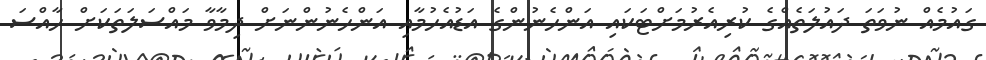
ގައުމެއް ނުވަތަ ދައުލަތެއްގެ ކުރިއެރުމަށްޓަކައި އަންހެނުންގެ އަޑުއެހުމާއި އަންހެނުންނަށް ދިމާވާ މައްސަލަތަކަށް ހާއްސަ